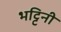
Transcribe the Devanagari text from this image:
भट्टिनी